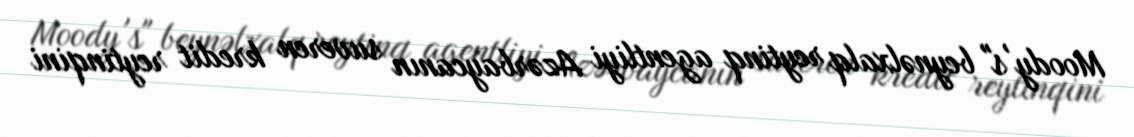
Moody's" beynəlxalq reytinq agentliyi Azərbaycanın suveren kredit reytinqini